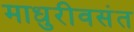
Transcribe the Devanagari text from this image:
माधुरीवसंत